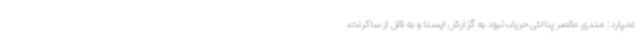
لمپارد: مندی مقصر پنالتی حریف نبود به گزارش ایسنا و به نقل از ساکرنت،